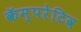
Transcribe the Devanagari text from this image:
कॅम्परेटिव